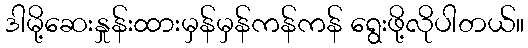
ဒါမို့ဆေးနှုန်းထားမှန်မှန်ကန်ကန် ရွေးဖို့လိုပါတယ်။